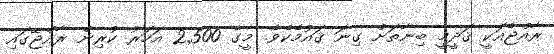
ރާއްޖެއަކީ ޤަދީމީ ބިނާތަށް ގިނަ ޤައުމެކެވެ. މީގެ 2